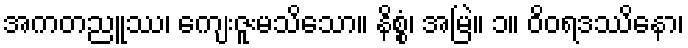
အကတညူဿ၊ ကျေးဇူးမသိသော။ နိစ္စံ၊ အမြဲ။ ၁။ ဝိဝရဒဿိနော၊